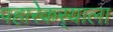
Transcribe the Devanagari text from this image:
पहारेकर्‍याला